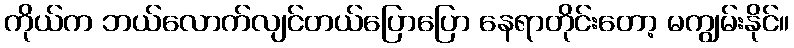
ကိုယ်က ဘယ်လောက်လျင်တယ်ပြောပြော နေရာတိုင်းတော့ မကျွမ်းနိုင်။